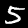
Label: 5